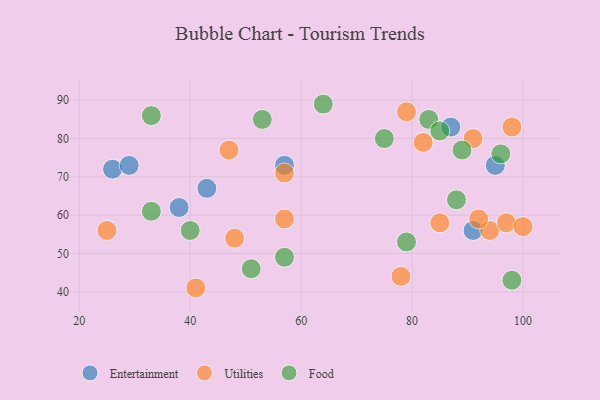
{"axis": {"x": "GDP", "y": "Life Expectancy"}, "legend": ["Entertainment", "Food", "Utilities"], "data": [{"x": "26", "y": 72, "type": "Entertainment"}, {"x": "57", "y": 73, "type": "Entertainment"}, {"x": "87", "y": 83, "type": "Entertainment"}, {"x": "91", "y": 56, "type": "Entertainment"}, {"x": "95", "y": 73, "type": "Entertainment"}, {"x": "43", "y": 67, "type": "Entertainment"}, {"x": "29", "y": 73, "type": "Entertainment"}, {"x": "38", "y": 62, "type": "Entertainment"}, {"x": "82", "y": 79, "type": "Utilities"}, {"x": "94", "y": 56, "type": "Utilities"}, {"x": "57", "y": 71, "type": "Utilities"}, {"x": "85", "y": 58, "type": "Utilities"}, {"x": "79", "y": 87, "type": "Utilities"}, {"x": "41", "y": 41, "type": "Utilities"}, {"x": "57", "y": 59, "type": "Utilities"}, {"x": "97", "y": 58, "type": "Utilities"}, {"x": "47", "y": 77, "type": "Utilities"}, {"x": "25", "y": 56, "type": "Utilities"}, {"x": "91", "y": 80, "type": "Utilities"}, {"x": "78", "y": 44, "type": "Utilities"}, {"x": "92", "y": 59, "type": "Utilities"}, {"x": "48", "y": 54, "type": "Utilities"}, {"x": "98", "y": 83, "type": "Utilities"}, {"x": "100", "y": 57, "type": "Utilities"}, {"x": "79", "y": 53, "type": "Food"}, {"x": "83", "y": 85, "type": "Food"}, {"x": "89", "y": 77, "type": "Food"}, {"x": "40", "y": 56, "type": "Food"}, {"x": "33", "y": 61, "type": "Food"}, {"x": "57", "y": 49, "type": "Food"}, {"x": "53", "y": 85, "type": "Food"}, {"x": "96", "y": 76, "type": "Food"}, {"x": "88", "y": 64, "type": "Food"}, {"x": "64", "y": 89, "type": "Food"}, {"x": "33", "y": 86, "type": "Food"}, {"x": "75", "y": 80, "type": "Food"}, {"x": "51", "y": 46, "type": "Food"}, {"x": "98", "y": 43, "type": "Food"}, {"x": "85", "y": 82, "type": "Food"}]}